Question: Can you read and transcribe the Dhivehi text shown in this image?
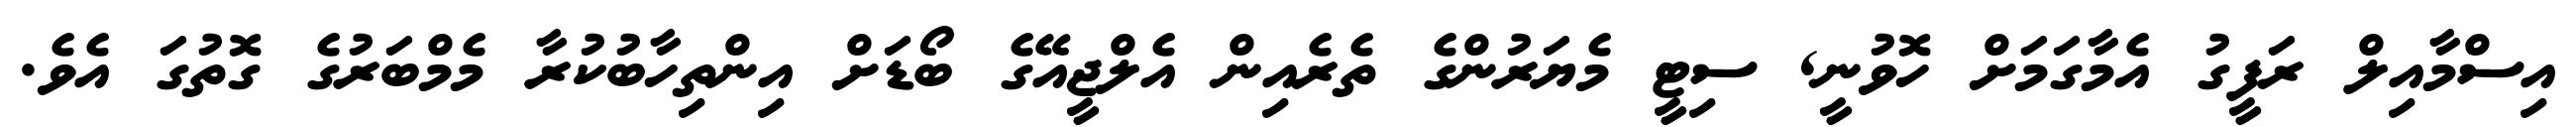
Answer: އިސްމާއިލް ރަފީގު އެމާގަމަށް ހޮވުނީ, ސިޓީ މެޔަރުންގެ ތެރެއިން އެލްޖީއޭގެ ބޯޑަށް އިންތިހާބުކުރާ މެމްބަރުގެ ގޮތުގަ އެވެ.